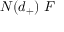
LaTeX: N ( d _ { + } ) ~ F